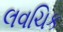
લવચિક